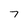
Character: 7